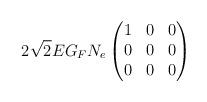
LaTeX: \begin{align*}2\sqrt2 E G_F N_e\begin{pmatrix}1&0&0\\0&0&0\\0&0&0\end{pmatrix}\end{align*}